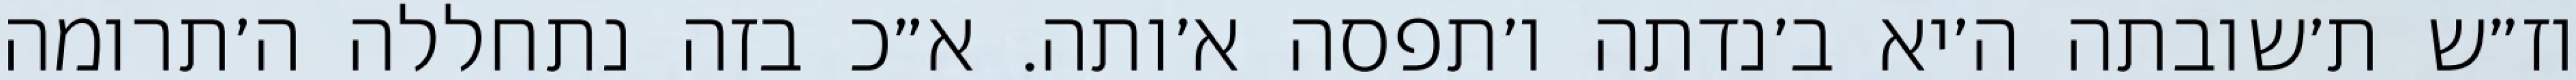
וז״ש ת׳שובתה ה׳יא ב׳נדתה ו׳תפסה א׳ותה. א״כ בזה נתחללה ה׳תרומה